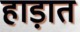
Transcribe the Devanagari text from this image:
हाड़ात